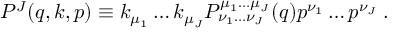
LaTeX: { \cal P } ^ { J } ( q , k , p ) \equiv k _ { \mu _ { 1 } } \ldots k _ { \mu _ { J } } { \cal P } _ { \nu _ { 1 } \ldots \nu _ { J } } ^ { \mu _ { 1 } \ldots \mu _ { J } } ( q ) p ^ { \nu _ { 1 } } \ldots p ^ { \nu _ { J } } \; .